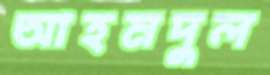
আহমদুল